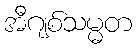
အီဂျစ်သမ္မတ